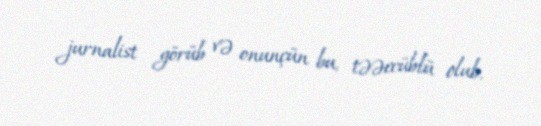
jurnalist görüb və onunçün bu, təəccüblü olub.